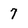
Character: 7